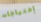
إحتياجات